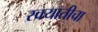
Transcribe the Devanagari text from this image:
स्वयातीचा